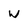
Character: W